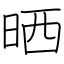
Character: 晒